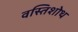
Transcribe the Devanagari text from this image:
वस्तिशोथ